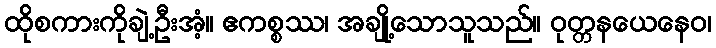
ထိုစကားကိုချဲ့ဦးအံ့။ ဧကစ္စဿ၊ အချို့သောသူသည်။ ဝုတ္တနယေနေဝ၊